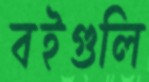
বইগুলি